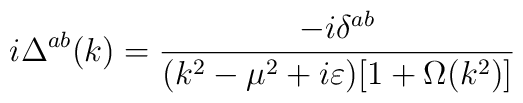
i\Delta ^{ab}(k)=\frac{-i\delta ^{ab}}{(k^2-\mu ^2+i\varepsilon )[1+\Omega(k^2)]}